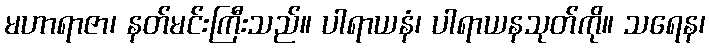
မဟာရာဇာ၊ နတ်မင်းကြီးသည်။ ပါရာယနံ၊ ပါရာယနသုတ်ကို။ သရေန၊